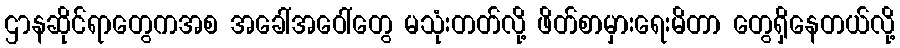
ဌာနဆိုင်ရာတွေကအစ အခေါ်အဝေါ်တွေ မသုံးတတ်လို့ ဖိတ်စာမှားရေးမိတာ တွေရှိနေတယ်လို့